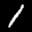
Label: 1